Vaccine operations Central Provinces 1868-1885 - 1868-1885
Year: 1868
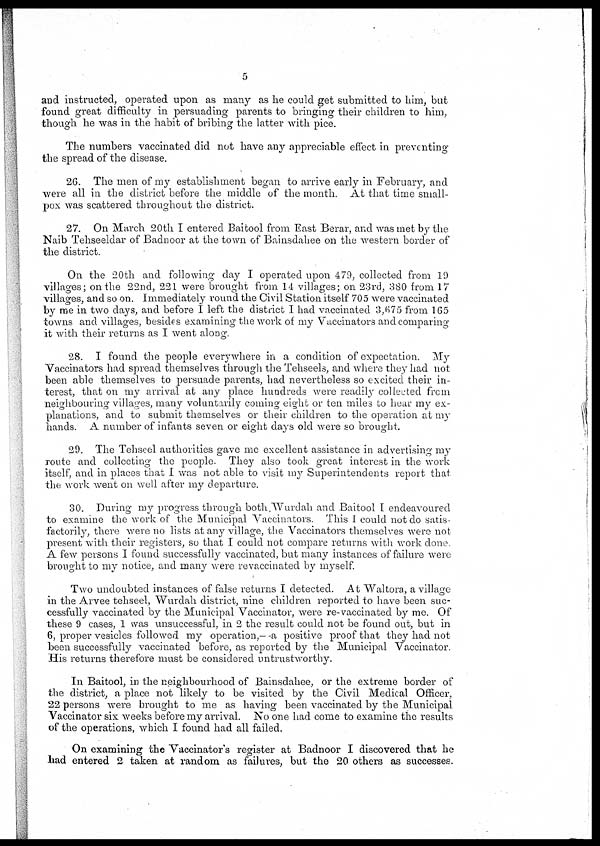
5
and instructed, operated upon as many as he could get submitted to him, but
found great difficulty in persuading parents to bringing their children to him
though he was in the habit of bribing the latter with pice.
The numbers vaccinated did not have any appreciable effect in preventing
the spread of the disease.
26. The men of my establishment began to arrive early in February, and
were all in the district before the middle of the month. At that time small-
pox was scattered throughout the district.
27. On March 20th I entered Baitool from East Berar, and was met by the
Naib Tehseeldar of Badnoor at the town of Bainsdahee on the western border of
the district.
On the 20th and following day I operated upon 479, collected from 19
villages; on the 22nd, 221 were brought from 14 villages; on 23rd, 380 from 17
villages, and so on. Immediately round the Civil Station itself 705 were vaccinated
by me in two days, and before I left the district I had vaccinated 3,675 from 165
towns and villages, besides examining the work of my Vaccinators and comparing
it with their returns as I went along.
28. I found the people everywhere in a condition of expectation. My
Vaccinators had spread themselves through the Tehseels, and where they had not
been able themselves to persuade parents, had nevertheless so excited their in-
terest, that on my arrival at any place hundreds were readily collected from
neighbouring villages, many voluntarily coming eight or ten miles to hear my ex-
planations, and to submit themselves or their children to the operation at my
hands. A number of infants seven or eight days old were so brought.
29. The Tehseel authorities gave me excellent assistance in advertising my
route and collecting the people. They also took great interest in the work
itself, and in places that I was not able to visit my Superintendents report that
the work went on well after my departure.
30. During my progress through both.Wurdah and Baitool I endeavoured
to examine the work of the Municipal Vaccinators. This I could not do satis-
factorily, there were no lists at any village, the Vaccinators themselves were not
present with their registers, so that I could not compare returns with work done.
A few persons I found successfully vaccinated, but many instances of failure were
brought to my notice, and many were revaccinated by myself.
Two undoubted instances of false returns I detected. At Waltora, a village
in the Arvee tehseel, Wurdah district, nine children reported to have been suc-
cessfully vaccinated by the Municipal Vaccinator, were re-vaccinated by me. Of
these 9 cases, I was unsuccessful, in 2 the result could not be found out, but in
6, proper vesicles followed my operation,--a positive proof that they had not
been successfully vaccinated before, as reported by the Municipal Vaccinator.
His returns therefore must be considered untrustworthy.
In Baitool, in the neighbourhood of Bainsdahee, or the extreme border of
the district, a place not likely to be visited by the Civil Medical Officer,
22 persons were brought to me as having been vaccinated by the Municipal
Vaccinator six weeks before my arrival. No one had come to examine the results
of the operations, which I found had all failed.
On examining the Vaccinator's register at Badnoor I discovered that he
had entered 2 taken at random as failures, but the 20 others as successes.